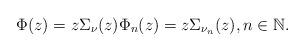
LaTeX: \begin{align*}\Phi(z)=z\Sigma_{\nu}(z)\Phi_{n}(z)=z\Sigma_{\nu_{n}}(z),n\in\mathbb{N}.\end{align*}